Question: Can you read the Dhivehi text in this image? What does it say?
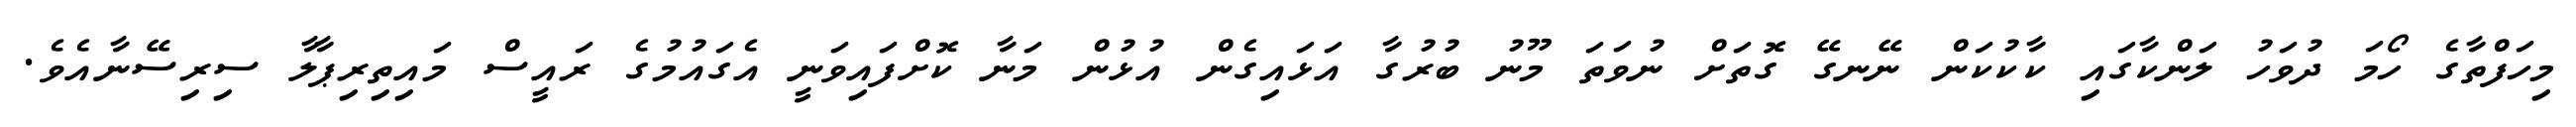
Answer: މިހަފްތާގެ ހޯމަ ދުވަހު ލަންކާގައި ކާކުކަން ނޭނގޭ ގޮތަށް ނުވަތަ މޫނު ބުރުގާ އަޅައިގެން އުޅުން މަނާ ކޮށްފައިވަނީ އެގައުމުގެ ރައީސް މައިތިރިޕާލާ ސިރިސޭނާއެވެ.